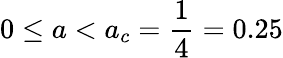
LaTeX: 0\leq a<a_{c}=\frac{1}{4}=0.25